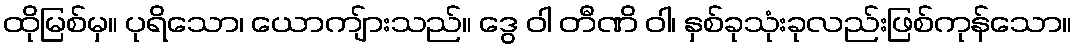
ထိုမြစ်မှ။ ပုရိသော၊ ယောကျ်ားသည်။ ဒွေ ဝါ တီဏိ ဝါ၊ နှစ်ခုသုံးခုလည်းဖြစ်ကုန်သော။